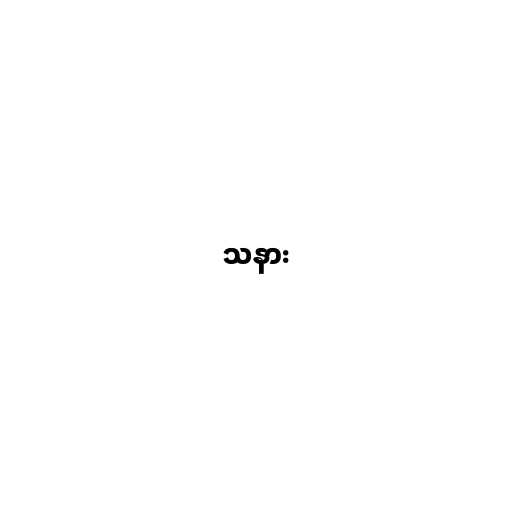
သနား